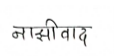
मजकूर: नाझीवाद